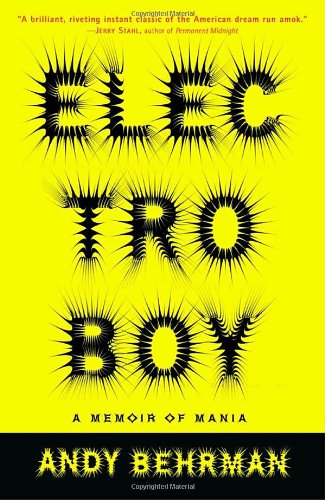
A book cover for Electroboy: A Memoir of Mania; Andy Behrman; Health, Fitness & Dieting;